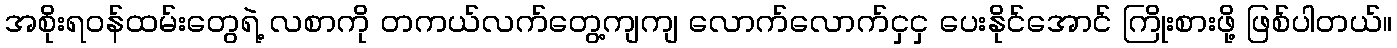
အစိုးရဝန်ထမ်းတွေရဲ့ လစာကို တကယ်လက်တွေ့ကျကျ လောက်လောက်ငှငှ ပေးနိုင်အောင် ကြိုးစားဖို့ ဖြစ်ပါတယ်။